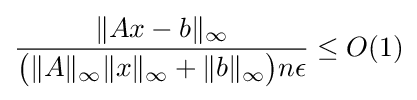
{\frac {\|Ax-b\|_{\infty }}{{\big (}\|A\|_{\infty }\|x\|_{\infty }+\|b\|_{\infty }{\big )}n\epsilon }}\leq O(1)